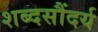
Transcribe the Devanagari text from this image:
शब्दसौंदर्य